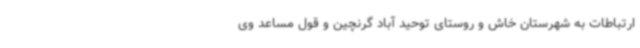
ارتباطات به شهرستان خاش و روستای توحید آباد گرنچین و قول مساعد وی